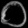
Digit: ၀